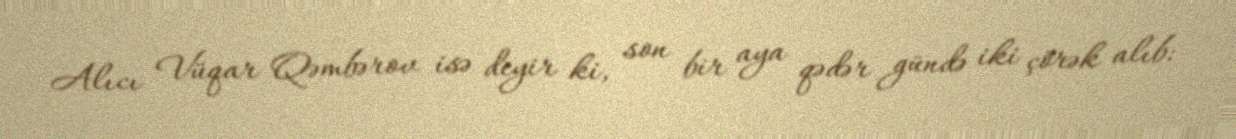
Alıcı Vüqar Qəmbərov isə deyir ki, son bir aya qədər gündə iki çörək alıb: